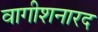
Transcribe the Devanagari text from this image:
वागीशनारद